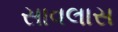
સાવલાસ